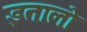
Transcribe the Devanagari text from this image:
इतालो